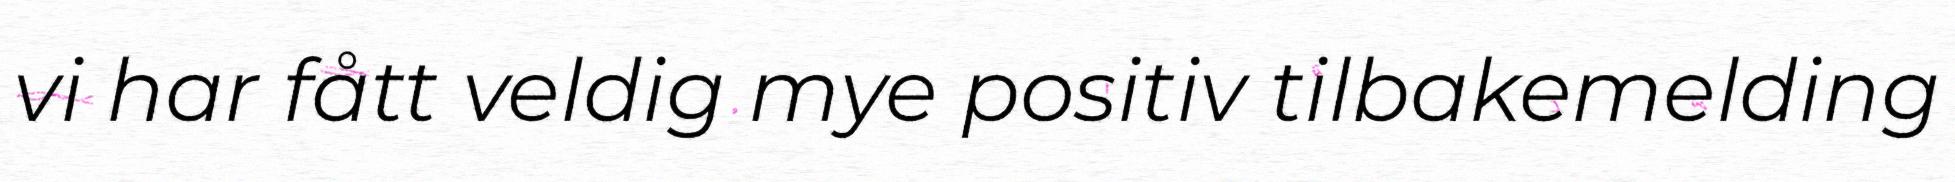
vi har fått veldig mye positiv tilbakemelding